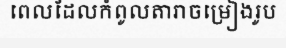
ពេលដែលកំពូលតារាចម្រៀងរូប